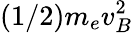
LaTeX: (1/2)m_{e}v_{B}^{2}